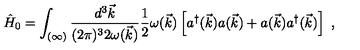
\hat { H } _ { 0 } = \int _ { ( \infty ) } \frac { d ^ { 3 } \vec { k } } { ( 2 \pi ) ^ { 3 } 2 \omega ( \vec { k } ) } \frac { 1 } { 2 } \omega ( \vec { k } ) \left[ a ^ { \dagger } ( \vec { k } ) a ( \vec { k } ) + a ( \vec { k } ) a ^ { \dagger } ( \vec { k } ) \right] \ ,